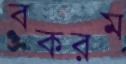
বকরম